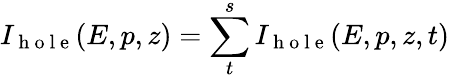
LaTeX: I_{\mathrm{~h~o~l~e~}}(E,p,z)=\sum_{t}^{s}I_{\mathrm{~h~o~l~e~}}(E,p,z,t)